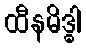
ထီနမိဒ္ဓါ